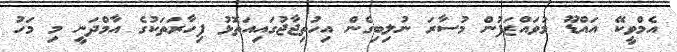
އެމްވީކޭ އައްޑޫ މުވައްޒަފުން މުސާރަ ނުލިބިގެން އިހުތިޖާޖުގައިއަތޮޅު ފިހާރަތަކުގެ އާމްދަނީ މި މަހު